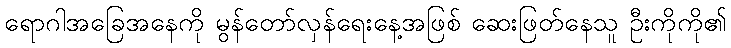
ရောဂါအခြေအနေကို မွန်တော်လှန်ရေးနေ့အဖြစ် ဆေးဖြတ်နေသူ ဦးကိုကို၏